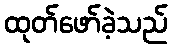
ထုတ်ဖော်ခဲ့သည်